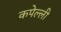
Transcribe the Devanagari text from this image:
कपेल्ली